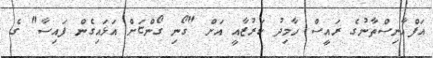
އަފްޣާނިސްތާނުގެ ރައީސް ހާމިދު ކަރުޒާއީ އަށް "ގޯނި ގޯންޏަށް އަޅައިގެން ފައިސާ" ގެ